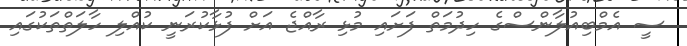
ސީ އެމްބިއުލާންސްގެ ހިދުމަތް ފަށައި މުޅި ރާއްޖެ އަށް ފުޅާކުރަނީ ކުއްލި ހާލަތްތަކުގައި